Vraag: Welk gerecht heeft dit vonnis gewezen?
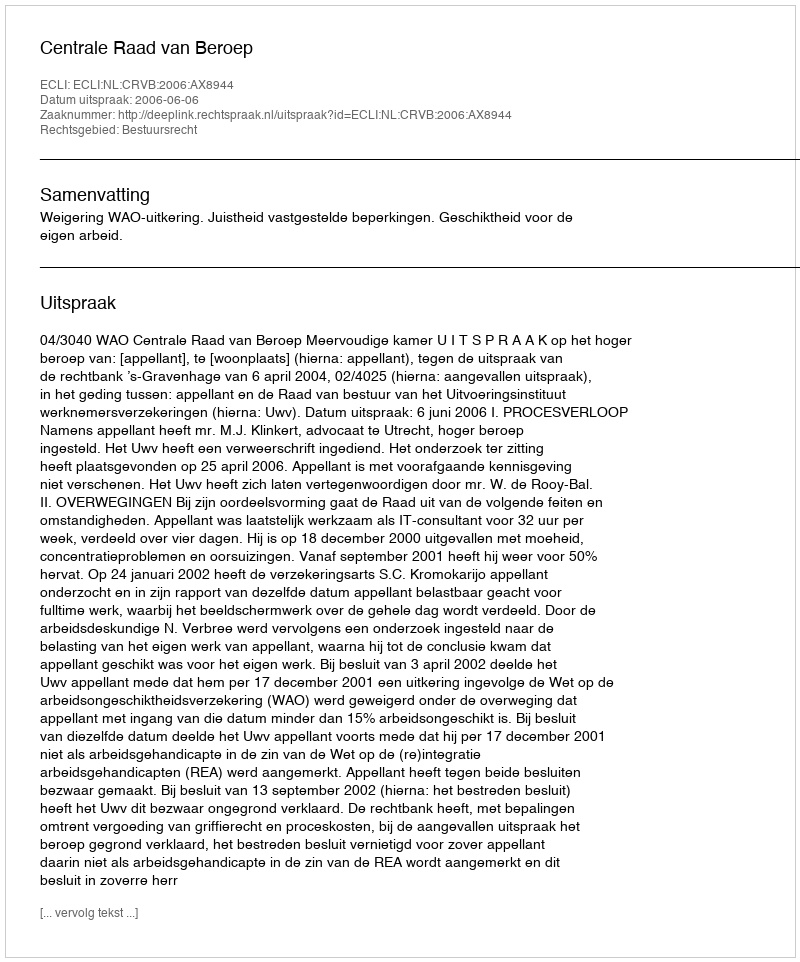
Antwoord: Centrale Raad van Beroep